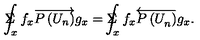
\Sigma \! \! \! \! \! \! \int _ { x } f _ { x } \overrightarrow { P \left( U _ { n } \right) } g _ { x } = \Sigma \! \! \! \! \! \! \int _ { x } f _ { x } \overleftarrow { P \left( U _ { n } ^ { } \right) } g _ { x } .